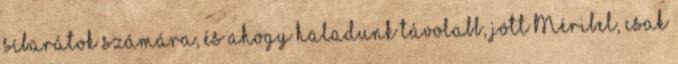
síbarátok számára, és ahogy haladunk távolabb, jött Méribel, csak